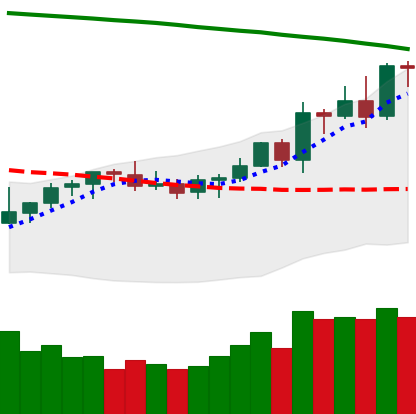
Ticker: LTC-USD
Chart end date: 2021-08-14
Forward return: -3.95%
Label: down_3_5